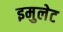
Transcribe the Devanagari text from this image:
इमुलेट